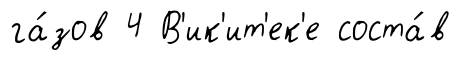
га́зов 4 В'ик'ит'ек'е соста́в